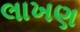
લાખણ